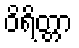
ဝိရိတ္တာ